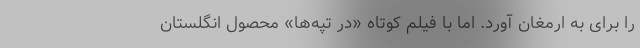
را برای به ارمغان آورد. اما با فیلم کوتاه «در تپه‌ها» محصول انگلستان